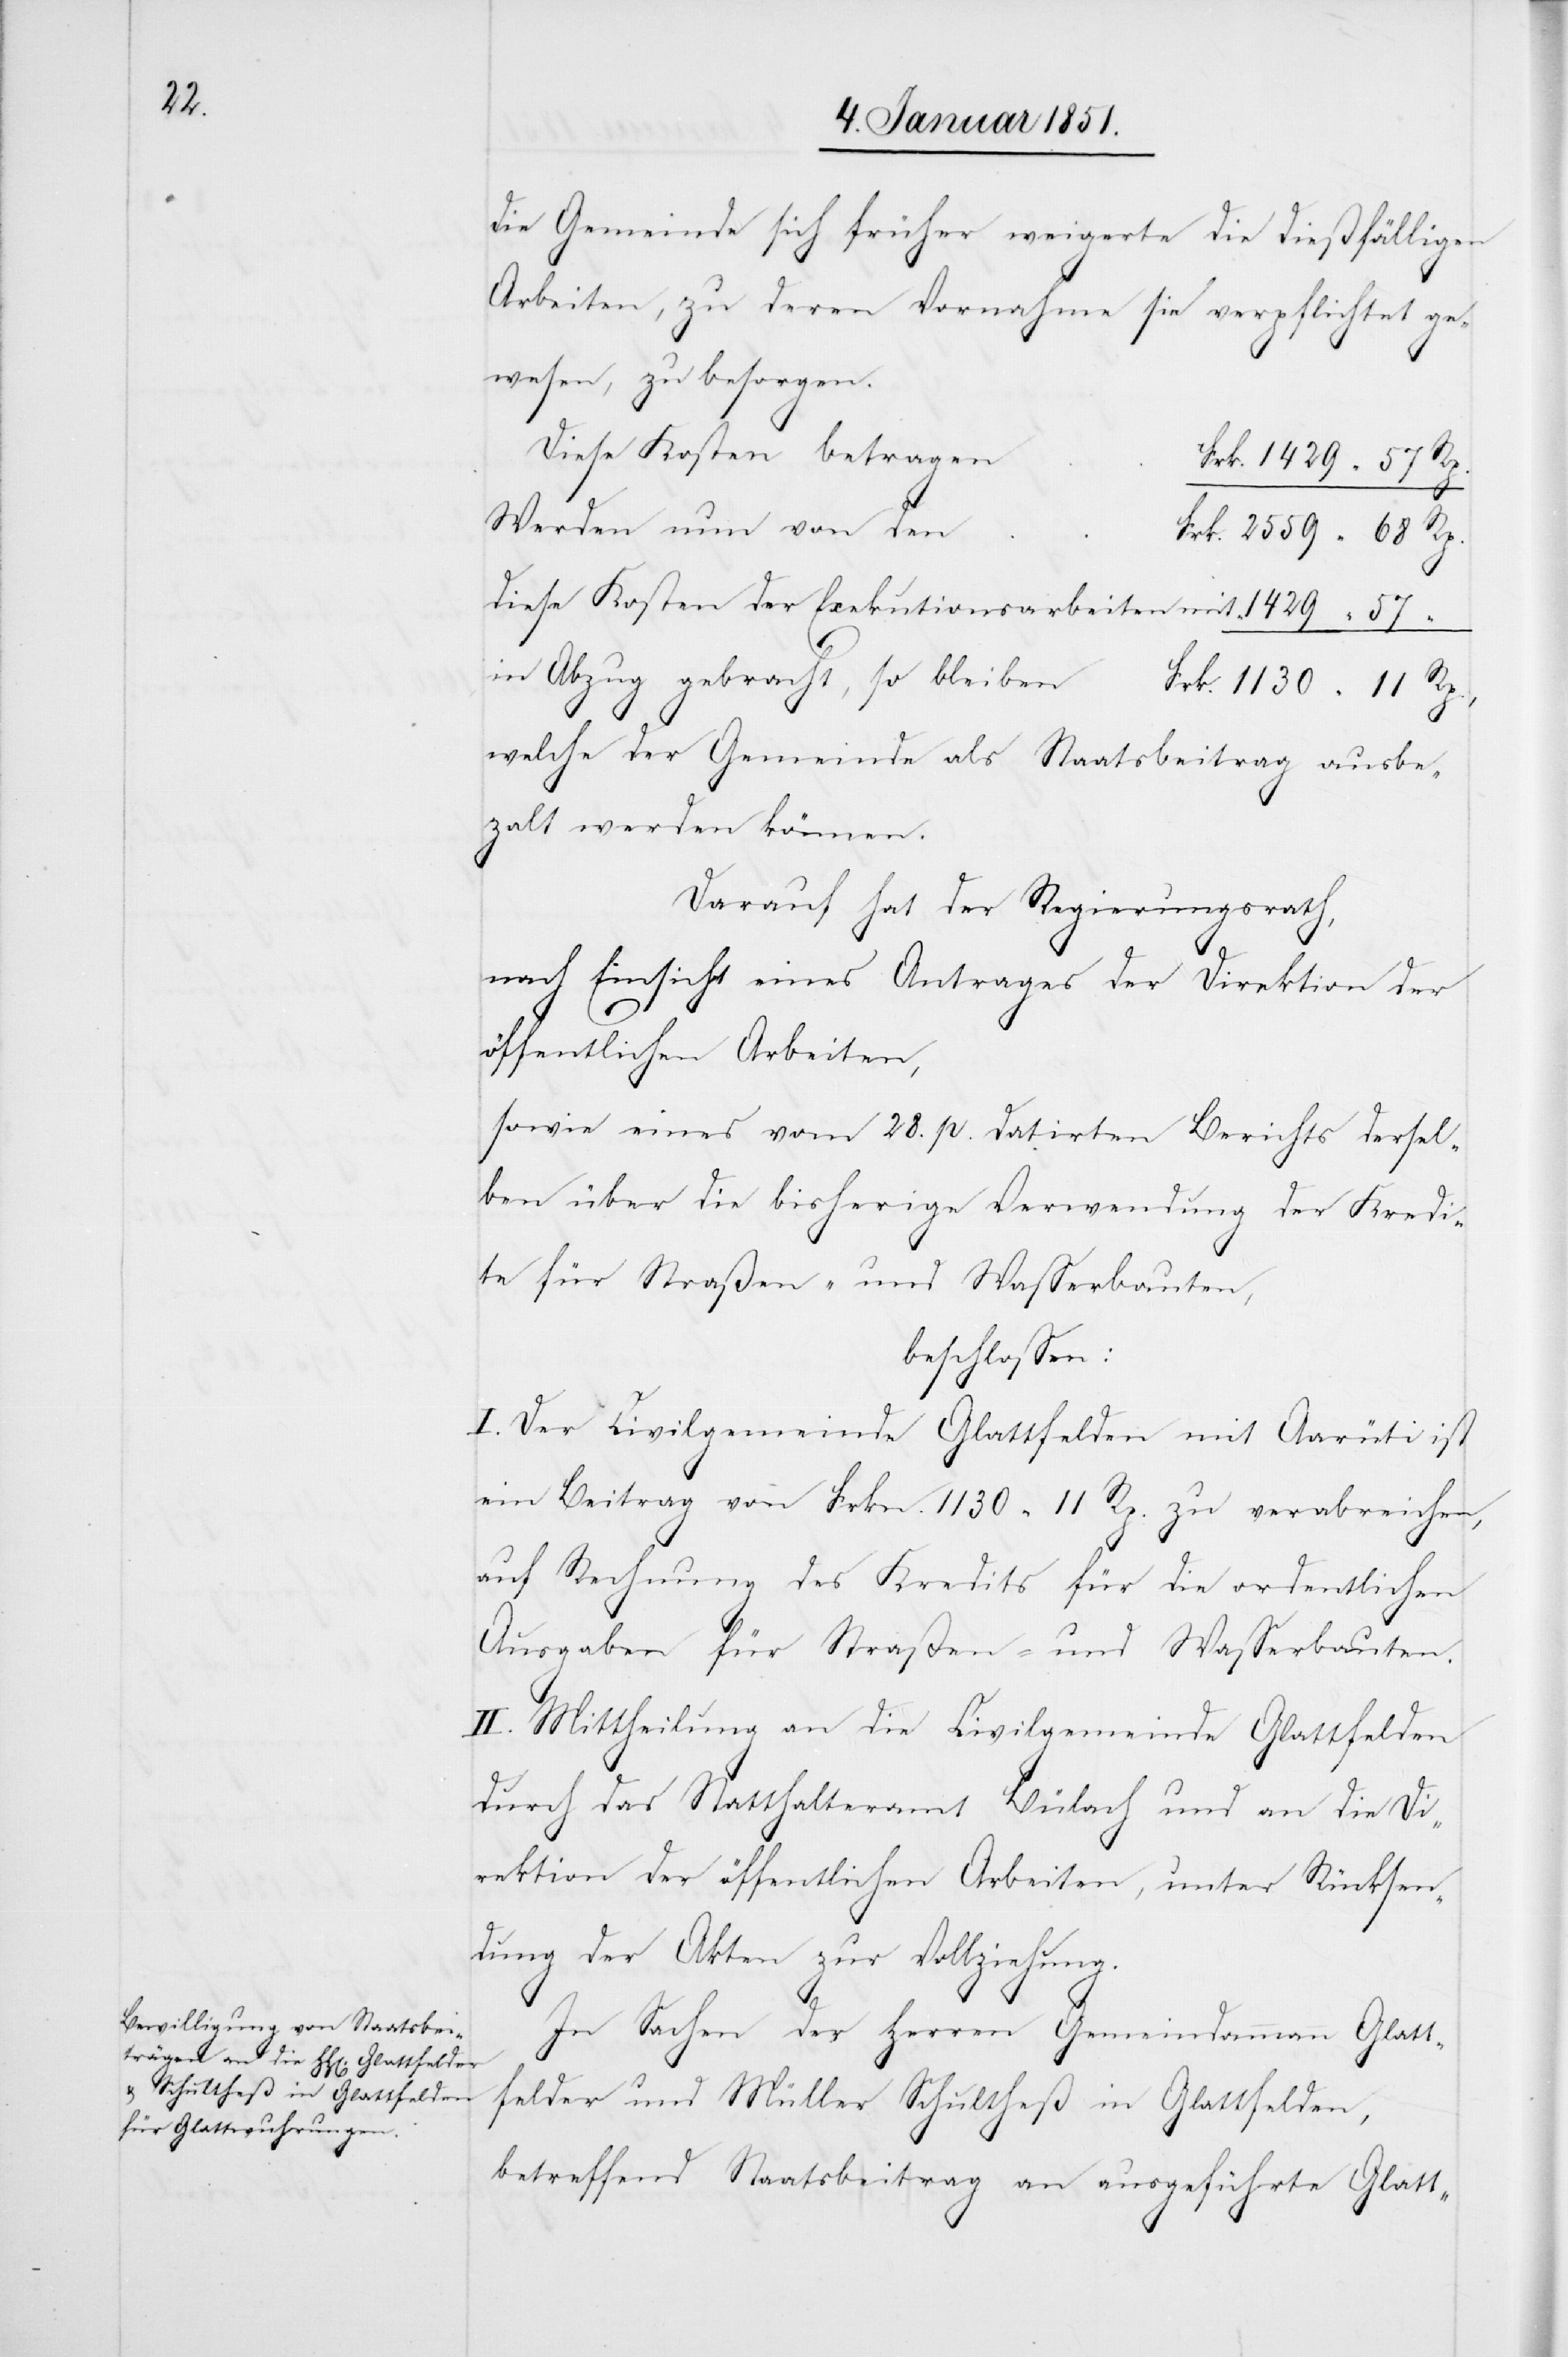
die Gemeinde sich früher weigerte die dießfälligen
Arbeiten, zu deren Vornahme sie verpflichtet ge¬
wesen, zu besorgen.
Diese Kosten betragen
57
Werden nun von den
diese Kosten der Exekutionsarbeiten mit
in Abzug gebracht, so bleiben
welche der Gemeinde als Staatsbeitrag ausbe¬
za[h]lt werden können.
Darauf hat der Regierungsrath,
nach Einsicht eines Antrages der Direktion der
öffentlichen Arbeiten,
sowie eines vom 28. p. datirten Berichts dersel¬
ben über die bisherige Verwendung der Kredi¬
te für Straßen- und Wasserbauten,
beschlossen:
I. Der Civilgemeinde Glattfelden mit Aarüti ist
ein Beitrag von Frkn. 1130 11 Rp. zu verabreichen,
auf Rechnung des Kredits für die ordentlichen
Ausgaben für Straßen- und Wasserbauten.
II. Mittheilung an die Civilgemeinde Glattfelden
durch das Statthalteramt Bülach und an die Di¬
rektion der öffentlichen Arbeiten, unter Rücksen¬
dung der Akten zur Vollziehung.
In Sachen der Herren Gemeindammann Glatt¬
felder und Müller Schultheß in Glattfelden,
betreffend Staatsbeitrag an ausgeführte Glatt-